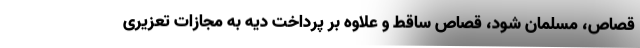
قصاص، مسلمان شود، قصاص ساقط و علاوه بر پرداخت دیه به مجازات تعزیری